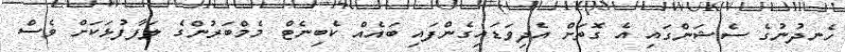
ހެނދުނުގެ ސެޝަންގައި އެ ގޮތަށް އެދިވަޑައިގެންފައި ބައެއް ކެބިނެޓް މެމްބަރުންގެ ލަފާފުޅަކަށް ވެސް